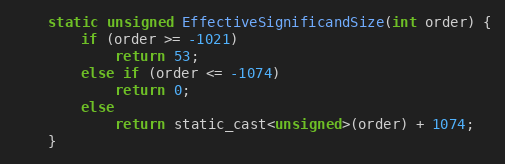
Language: C
    static unsigned EffectiveSignificandSize(int order) {
        if (order >= -1021)
            return 53;
        else if (order <= -1074)
            return 0;
        else
            return static_cast<unsigned>(order) + 1074;
    }